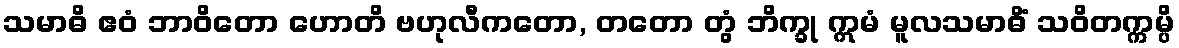
သမာဓိ ဧဝံ ဘာဝိတော ဟောတိ ဗဟုလီကတော, တတော တွံ ဘိက္ခု ဣမံ မူလသမာဓိံ သဝိတက္ကမ္ပိ